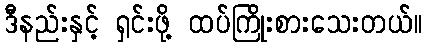
ဒီနည်းနှင့် ရှင်းဖို့ ထပ်ကြိုးစားသေးတယ်။